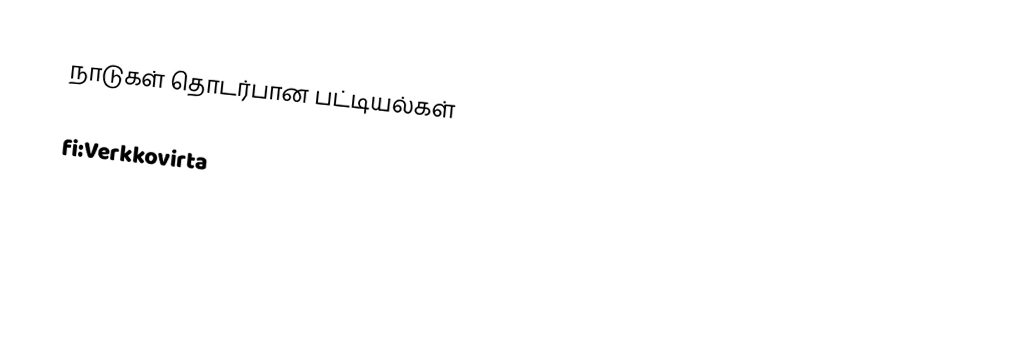
நாடுகள் தொடர்பான பட்டியல்கள்

fi:Verkkovirta
ur:مینز برق بلحاظ ملک